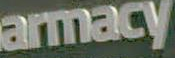
armacy